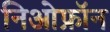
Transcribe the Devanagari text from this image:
निओफ्रॉन